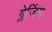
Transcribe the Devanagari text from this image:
ब्लेजिंग